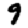
Digit: 9